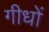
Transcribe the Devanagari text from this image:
गीधों